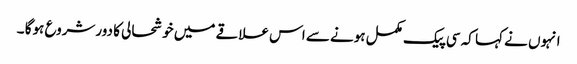
انہوں نے کہا کہ سی پیک مکمل ہونے سے اس علاقے میں خوشحالی کا دورشروع ہوگا ۔